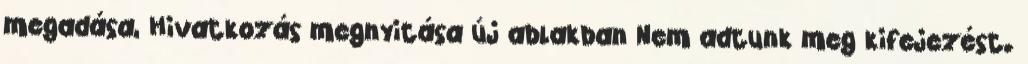
megadása, Hivatkozás megnyitása új ablakban Nem adtunk meg kifejezést.